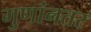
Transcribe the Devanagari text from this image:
गुणांनतर